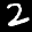
Label: 2